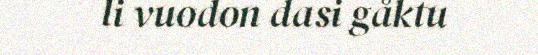
li vuodon dasi gåktu